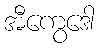
အီကွေဒေါ